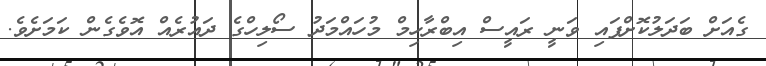
ގެއަށް ބަދަލުކޮށްފައި ވަނީ ރައީސް އިބްރާހިމް މުހައްމަދު ސޯލިހްގެ ދައުރެއް އޮވެގެން ކަމަށެވެ.